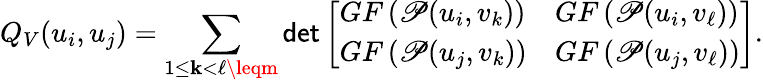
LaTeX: Q_{V}(u_{i},u_{j})=\sum_{1\leq\mathbf{k}<\ell\leqm}\mathsf{{det}}\left[\begin{array}{ll}{GF\left(\mathscr{P}(u_{i},v_{k})\right)}&{GF\left(\mathscr{P}(u_{i},v_{\ell})\right)}\\ {GF\left(\mathscr{P}(u_{j},v_{k})\right)}&{GF\left(\mathscr{P}(u_{j},v_{\ell})\right)}\end{array}\right].